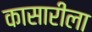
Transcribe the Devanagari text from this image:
कासारीला